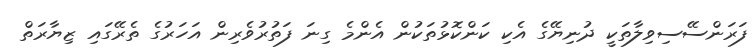
ފަރަންސޭސިވިލާތަކީ ދުނިޔޭގެ އެކި ކަންކޮޅުތަކުން އެންމެ ގިނަ ފަތުރުވެރިން އަހަރުގެ ތެރޭގައި ޒިޔާރަތް